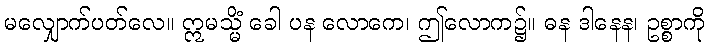
မလျှောက်ပတ်လေ။ ဣမသ္မိံ ခေါ ပန လောကေ၊ ဤလောက၌။ ဓန ဒါနေန၊ ဥစ္စာကို